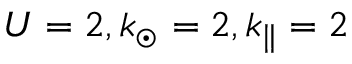
U = 2 , k _ { \odot } = 2 , k _ { \parallel } = 2